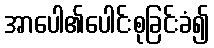
အာပေါ၏ပေါင်းစုခြင်းခံ၍